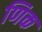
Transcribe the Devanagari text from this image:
णिक